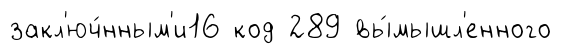
закл'юч́нным'и16 код 289 вы́мышл'енного